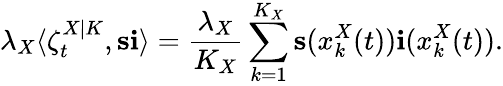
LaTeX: \lambda_{X}\langle\zeta_{t}^{X|K},\mathbf{s}\mathbf{i}\rangle=\frac{\lambda_{X}}{K_{X}}\sum_{k=1}^{K_{X}}\mathbf{s}(x_{k}^{X}(t))\mathbf{i}(x_{k}^{X}(t)).